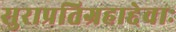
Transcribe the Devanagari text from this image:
सुराप्रतिग्रहाद्देवाः